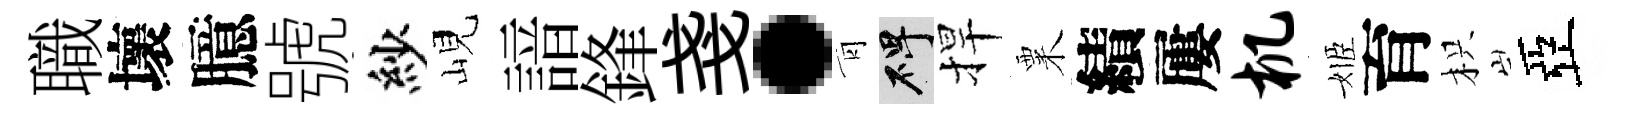
職壞臆號紗峴諳鋒戔·青碑捍粟績屢机姬育枳亞